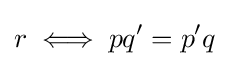
r\iff pq'=p'q